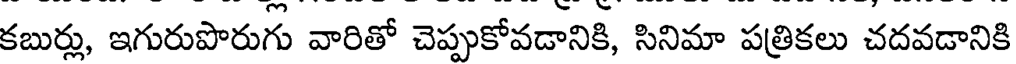
కబుర్లు, ఇగురుపొరుగు వారితో చెప్పుకోవడానికి, సినిమా పత్రికలు చదవడానికి